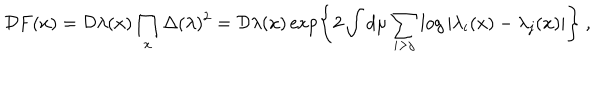
{ \cal D } F ( x ) = { \cal D } \lambda ( x ) \prod _ { x } \Delta ( \lambda ) ^ { 2 } = { \cal D } \lambda ( x ) \exp \left\{ 2 \int d \mu \sum _ { i > j } \log | \lambda _ { i } ( x ) - \lambda _ { j } ( x ) | \right\} ~ ,